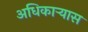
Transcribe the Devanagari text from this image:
अधिकार्‍यास